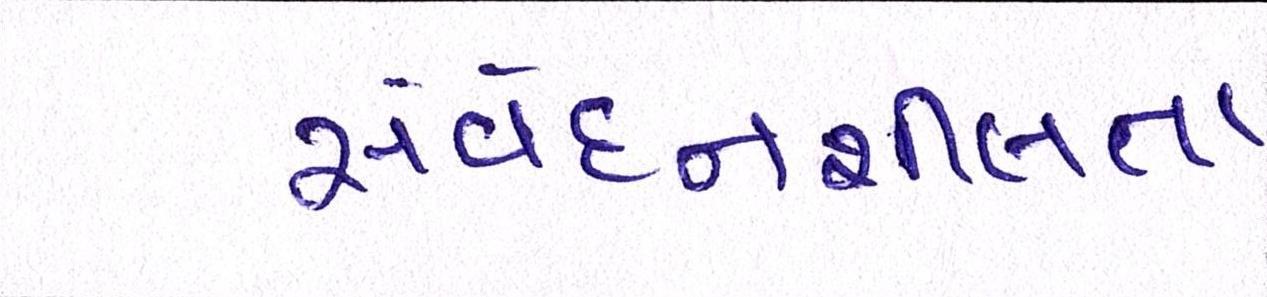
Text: સંવેદનશીલતા